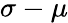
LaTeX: \sigma-\mu